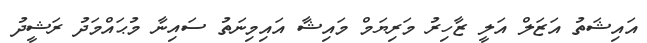
އައިޝަތު އަޒަލް އަލީ ޒާހިރު މަރިޔަމް މައިޝާ އައިމިނަތު ސައިނާ މުޙައްމަދު ރަޝީދު